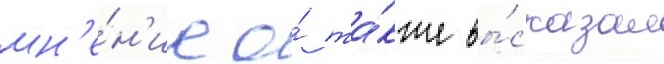
мн'е́н'ие о́ та́кже вы́сказал